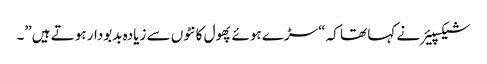
شیکسپیئر نے کہا تھا کہ “سڑے ہوئے پھول کانٹوں سے زیادہ بدبودار ہوتے ہیں”۔